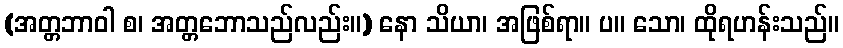
(အတ္တဘာဝါ စ၊ အတ္တဘောသည်လည်း။) နော သိယာ၊ အဖြစ်ရာ။ ပ။ သော၊ ထိုရဟန်းသည်။